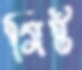
মিষ্ট